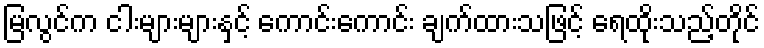
မြလွင်က ငါးများများနှင့် ကောင်းကောင်း ချက်ထားသဖြင့် ရေထိုးသည့်တိုင်